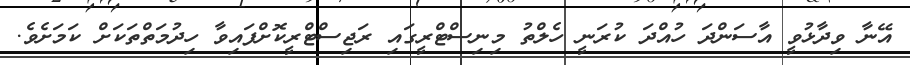
އޭނާ ވިދާޅުވީ އާސަންދަ ހުއްދަ ކުރަނީ ހެލްތު މިނިސްޓްރީގައި ރަޖިސްޓްރީކޮށްފައިވާ ހިދުމަތްތަކަށް ކަމަށެވެ.